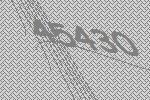
45430